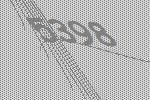
5398